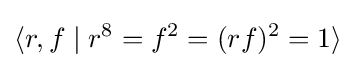
\langle r,f\mid r^{8}=f^{2}=(rf)^{2}=1\rangle